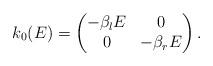
LaTeX: \begin{align*}k_0 (E) = \left( \begin{matrix} - \beta_l E& 0\\ 0 & - \beta_r E\end{matrix}\right) .\end{align*}